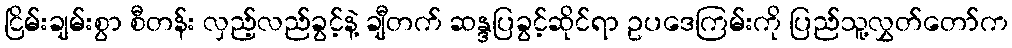
ငြိမ်းချမ်းစွာ စီတန်း လှည့်လည်ခွင့်နဲ့ ချီတက် ဆန္ဒပြခွင့်ဆိုင်ရာ ဥပဒေကြမ်းကို ပြည်သူ့လွှတ်တော်က